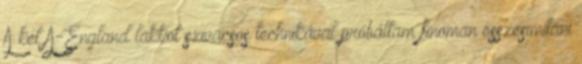
A két A-England lakkot szivacsos technikával próbáltam finoman összesimítani